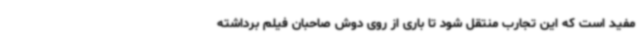
مفید است که این تجارب منتقل شود تا باری از روی دوش صاحبان فیلم برداشته